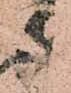
々